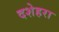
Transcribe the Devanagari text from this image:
दशेहरा